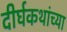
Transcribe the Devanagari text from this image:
दीर्घकथांच्या